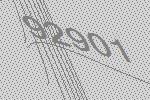
92901